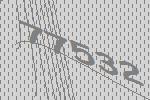
77532